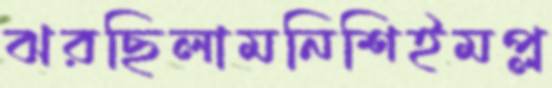
ঝরছিলামনিশিইমপ্ল